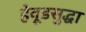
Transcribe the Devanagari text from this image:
हेवूडसुद्धा